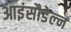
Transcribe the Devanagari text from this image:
आइंसौडेल्न